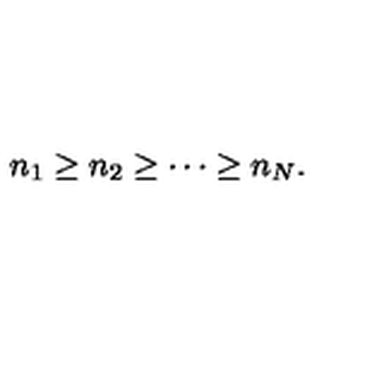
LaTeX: n _ { 1 } \ge n _ { 2 } \ge \cdots \ge n _ { N } .